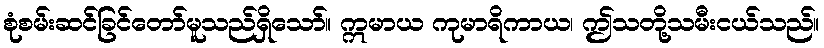
စုံစမ်းဆင်ခြင်တော်မူသည်ရှိသော်။ ဣမာယ ကုမာရိကာယ၊ ဤသတို့သမီးငယ်သည်။